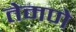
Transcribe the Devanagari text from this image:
तेमणे